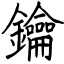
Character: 鑰